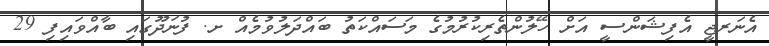
އެނަރޖީ އެފިޝަންސީ އަށް ހޭލުންތެރިކުރުމުގެ މަސައްކަތު ބައްދަލުވުމެއް ށ. ފުނަދޫގައި ބާއްވައިފި 29